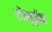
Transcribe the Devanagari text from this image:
टोलूईन